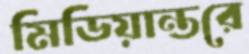
মিডিয়ান্তরে